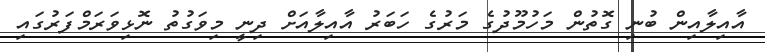
އާއިލާއިން ބުނި ގޮތުން މަހުމޫދުގެ މަރުގެ ހަބަރު އާއިލާއަށް ދިނީ މިވަގުތު ނޮޅިވަރަމްފަރުގައި